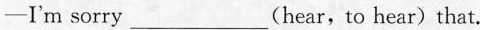
-I'm sorry ___(hear,to hear) that.